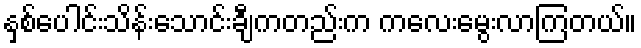
နှစ်ပေါင်းသိန်းသောင်းချီကတည်းက ကလေးမွေးလာကြတယ်။